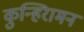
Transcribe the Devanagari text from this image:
कुन्हिरामन